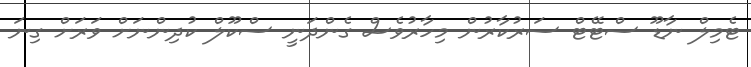
ޓެމިލް ނާޑޫ ސްޓޭޓް ސަރުކާރުން މިހާރުވެސް ގެންދަނީ ސްކޫލް ކުދިންނަށް ވަރަށް ގިނަ